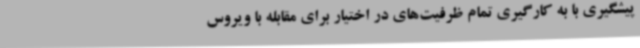
پیشگیری با به کارگیری تمام ظرفیت‌های در اختیار برای مقابله با ویروس